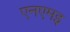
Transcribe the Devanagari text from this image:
एनएमइ